Vital statistics of India. Vol. V, Reports of 1876 on armies & jails and on epidemic cholera
Year: 1876
Disease focus: Cholera
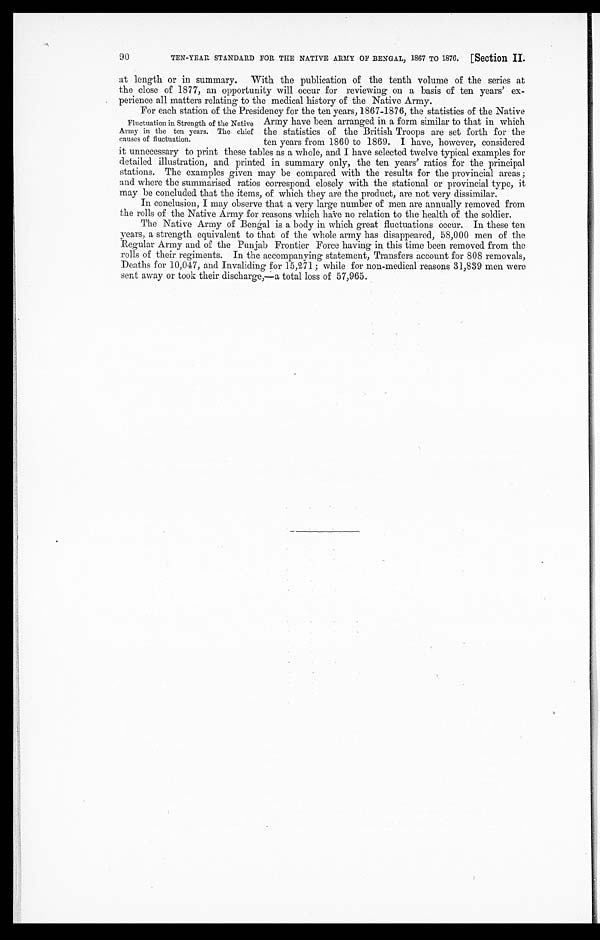
TEN-YEAR STANDARD FOR THE NATIVE ARMY OF BENGAL, 1867 TO 1876. [Section II.
at length or in summary. With the publication of the tenth volume of the series at
the close of 1877, an opportunity will occur for reviewing on a basis of ten years' ex
-perience all matters relating to the medical history of the Native Army.
For each station of the Presidency for the ten years, 1867-1876, the statistics of the Native
Army have been arranged in a form similar to that in which
the statistics of the British Troops are set forth for the
ten years from 1860 to 1869. I have, however, considered
it unnecessary to print these tables as a whole, and I have selected twelve typical examples for
detailed illustration, and printed in summary only, the ten years' ratios for the principal
stations. The examples given may be compared with the results for the provincial areas ;
and where the summarised ratios correspond closely with the stational or provincial type, it
may be concluded that the items, of which they are the product, are not very dissimilar.
In conclusion, I may observe that a very large number of men are annually removed from
the rolls of the Native Army for reasons which have no relation to the health of the soldier.
The Native Army of Bengal is a body in which great fluctuations occur. In these ten
years, a strength equivalent to that of the whole army has disappeared, 58,000 men of the
Regular Army and of the Punjab Frontier Force having in this time been removed from the
rolls of their regiments. In the accompanying statement, Transfers account for 808 removals,
Deaths for 10,047, and Invaliding for 15,271; while for non-medical reasons 31,839 men were
sent away or took their discharge,—a total loss of 57,965.
90
Fluctuation in Strength of the Native
Army in the ten years. The chief
causes of fluctuation.